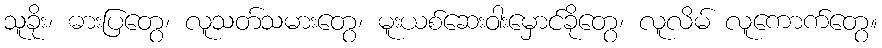
သူခိုး၊ ဓားပြတွေ၊ လူသတ်သမားတွေ၊ မူးယစ်ဆေးဝါးမှောင်ခိုတွေ၊ လူလိမ် လူကောက်တွေ။